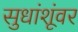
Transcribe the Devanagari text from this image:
सुधांशूंवर